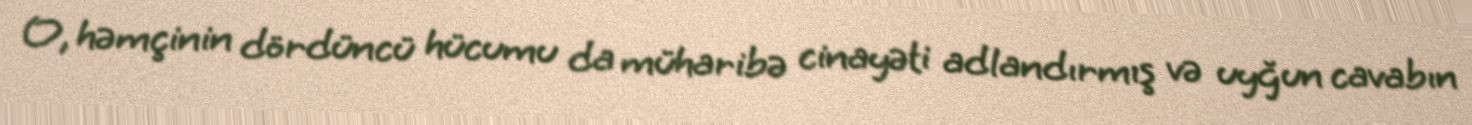
O, həmçinin dördüncü hücumu da müharibə cinayəti adlandırmış və uyğun cavabın